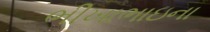
ભીખાભાઇના